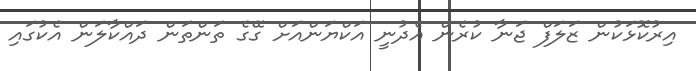
އިރުކޮޅަކުން ޒަލަފް ޖަނާ ކުރެން އެދުނީ އަކްޔަންއަށް ގޭގެ ތަންތަން ދައްކާލަން އެކުގައި